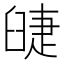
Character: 䑖